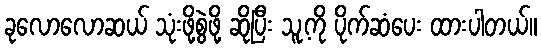
ခုလောလောဆယ် သုံးဖို့စွဲဖို့ ဆိုပြီး သူ့ကို ပိုက်ဆံပေး ထားပါတယ်။